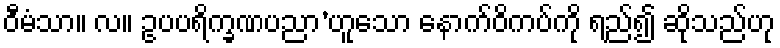
ဝီမံသာ။ လ။ ဥပပရိက္ခဏပညာ’ဟူသော နောက်ဝိကပ်ကို ရည်၍ ဆိုသည်ဟု